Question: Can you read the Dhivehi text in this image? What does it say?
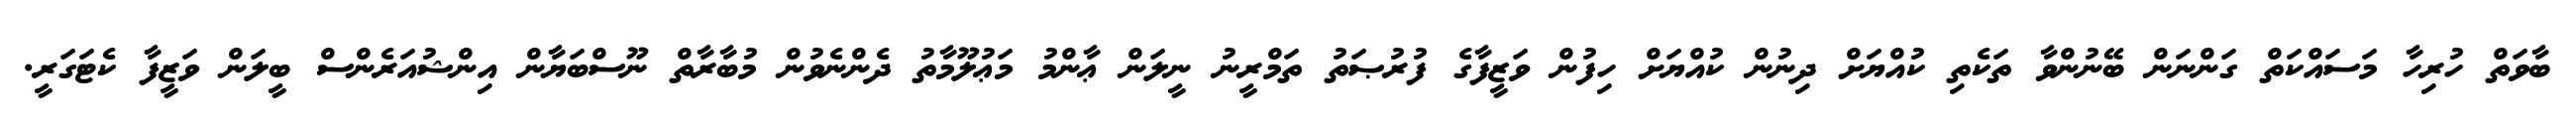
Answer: ބާވަތް ހުރިހާ މަސައްކަތް ގަންނަން ބޭނުންވާ ތަކެތި ކުއްޔަށް ދިނުން ކުއްޔަށް ހިފުން ވަޒީފާގެ ފުރުޞަތު ތަމްރީނު ނީލަން ޢާންމު މަޢުލޫމާތު ދެންނެވުން މުބާރާތް ނޫސްބަޔާން އިންޝުއަރެންސް ބީލަން ވަޒީފާ ކެޓަގަރީ.